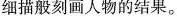
细描般刻画人物的结果。